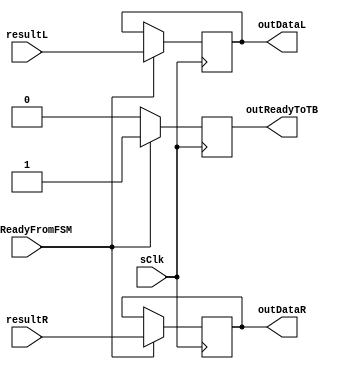
module resultOutputModule(
	sClk,
	outDataL,
	outDataR,
	outReadyFromFSM,
	outReadyToTB,
	resultL,
	resultR
);
	input sClk;
	output reg [39:0] outDataL;
	output reg [39:0] outDataR;
	input outReadyFromFSM;
	output reg outReadyToTB;
	input [39:0] resultL;
	input [39:0] resultR;
	//Writing output Data at negedge outReady to ensure enough time spent in sending out data.
	always @ (negedge sClk) begin  //Only transmit data when outReady is high
		if(outReadyFromFSM == 0) begin
			outReadyToTB = 1'b0;
		end
		else if (outReadyFromFSM == 1) begin
			outDataL = resultL;        //Set out data to value of tempOut
			outDataR = resultR;
			outReadyToTB =1'b1;
			$display("(In resultOutput module:) Results attempted to send were %h and %h", resultL, resultR);
		end
	end //end always @ (posedge sClk)
endmodule